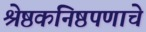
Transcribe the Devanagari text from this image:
श्रेष्ठकनिष्ठपणाचे